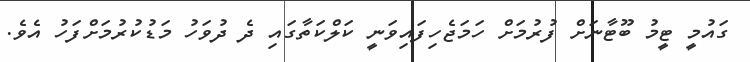
ގައުމީ ޓީމު ބޫޓާނަށް ފުރުމަށް ހަމަޖެހިފައިވަނީ ކަލްކަތާގައި ދެ ދުވަހު މަޑުކުރުމަށްފަހު އެވެ.